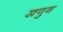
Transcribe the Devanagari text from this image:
खणुन